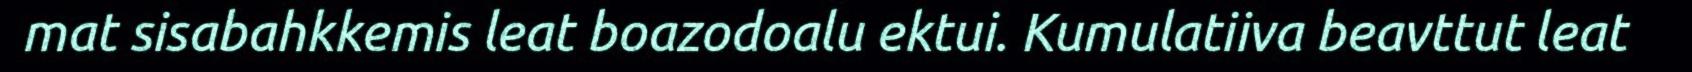
mat sisabahkkemis leat boazodoalu ektui. Kumulatiiva beavttut leat